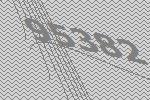
95382